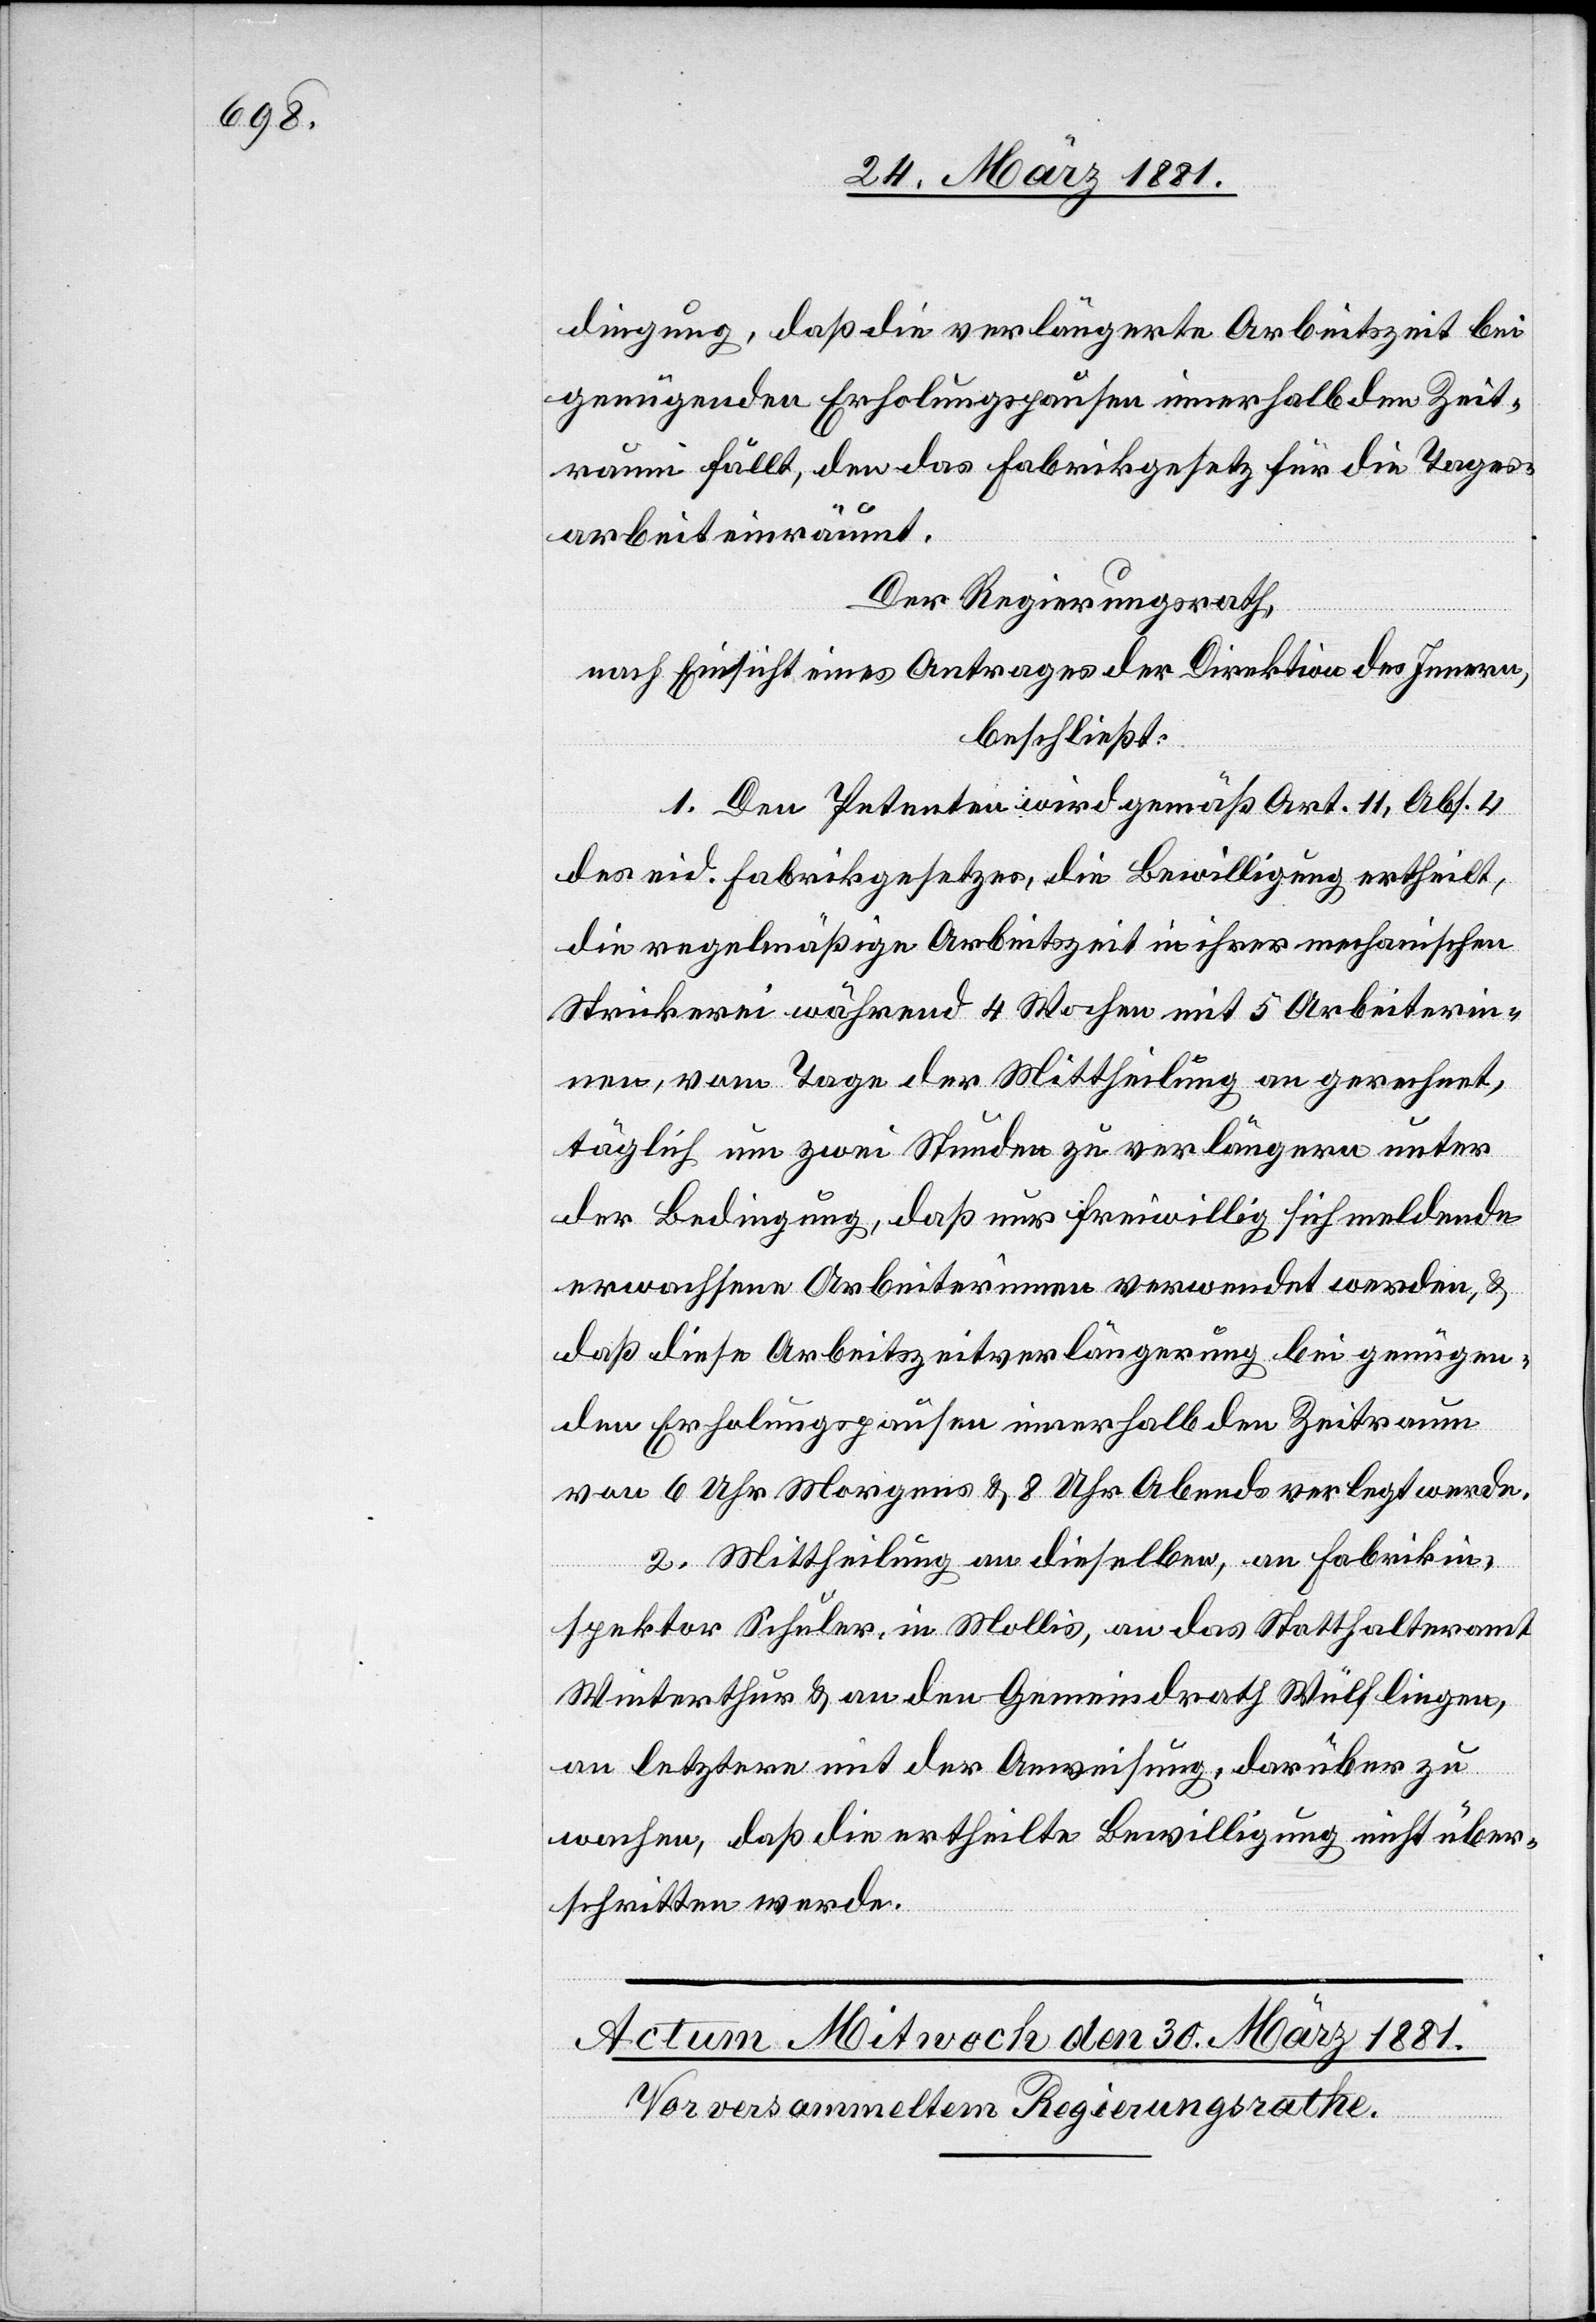
dingung, daß die verlängerte Arbeitszeit bei
genügenden Erholungspausen innerhalb den Zeit¬
raum fällt, den das Fabrikgesetz für die Tages¬
arbeit einräumt.
Der Regierungsrath,
nach Einsicht eines Antrages der Direktion des Innern,
beschießt:
1. Den Petenten wird gemäß Art. 11, Abs. 4
des eid. Fabrikgesetzes, die Bewilligung ertheilt,
die regelmäßige Arbeitszeit in ihrer mechanischen
Strickerei während 4 Wochen mit 5 Arbeiterin¬
nen, vom Tage der Mittheilung an gerechnet,
täglich um zwei Stunden zu verlängern unter
der Bedingung, daß nur freiwillig sich meldende
erwachsene Arbeiterinnen verwendet werden, &
daß diese Arbeitszeitverlängerung bei genügen¬
den Erholungspausen innerhalb den Zeitraum
von 6 Uhr Morgens & 8 Uhr Abends verlegt werde.
2. Mittheilung an dieselben, an Fabrikin¬
spektor Schuler, in Mollis, an das Statthalteramt
Winterthur & an den Gemeindrath Wülflingen,
an letztere mit der Anweisung, darüber zu
wachen, daß die ertheilte Bewilligung nicht über¬
schritten werde.